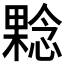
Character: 𰘬